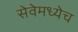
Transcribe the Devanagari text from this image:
सेवेमध्येच